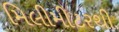
મિલીમીટરથી